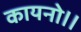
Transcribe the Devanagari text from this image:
कायनो।।